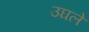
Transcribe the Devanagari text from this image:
उघले